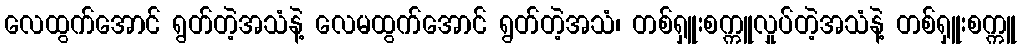
လေထွက်အောင် ရွတ်တဲ့အသံနဲ့ လေမထွက်အောင် ရွတ်တဲ့အသံ၊ တစ်ရှူးစက္ကူလှုပ်တဲ့အသံနဲ့ တစ်ရှူးစက္ကူ